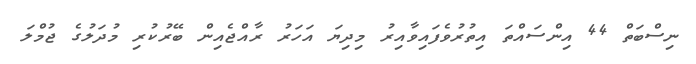
ނިސްބަތް 44 އިންސައްތަ އިތުރުވެފައިވާއިރު މިދިޔަ އަހަރު ރާއްޖެއިން ބޭރުކުރި މުދަލުގެ ޖުމްލަ